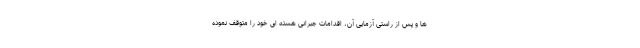
ها و پس از راستی آزمایی آن، اقدامات جبرانی هسته ای خود را متوقف نموده